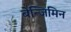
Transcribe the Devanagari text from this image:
बेन्जिमिन